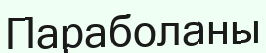
Параболаны